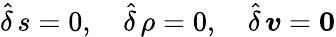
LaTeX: \hat{\delta}\, s=0,\quad\hat{\delta}\, \rho=0,\quad\hat{\delta}\, {\boldsymbol v}=\boldsymbol{0}